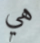
هي